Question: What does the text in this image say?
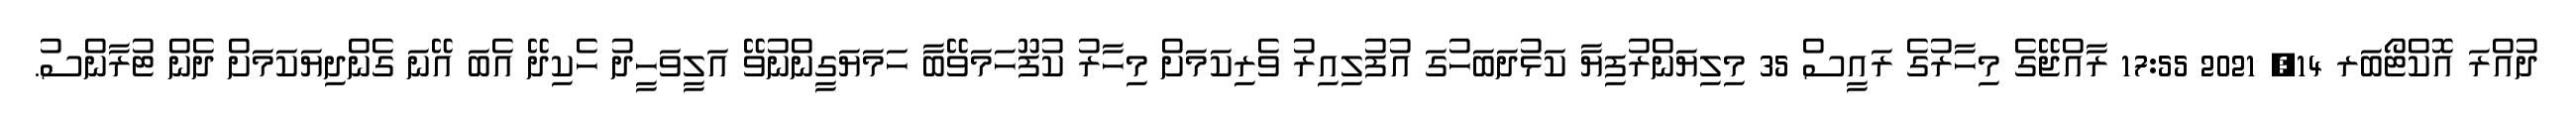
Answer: ދުއްރަ އޮކްޓޯބަރ 14, 2021 17:55 ރާއްޖޭގެ މިހާރުގެ ރައީސް 35 މިލިޔަންރުފިޔާ ކަޅުދަބަހުގަ އުފުލިއިރު ވެރިކަމަށް މިހާރު ކުފޫހަމަވޭބާ ހަމަޔަގީންނުވޭ އަލީވަހީދު ހެކިދޭ އެބަ އޭނަ ގެންދިޔަކަމަށް ދެން ޓުރާންސު.